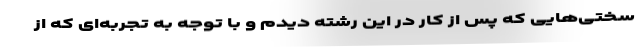
سختی‌هایی که پس از کار در این رشته دیدم و با توجه به تجربه‌ای که از